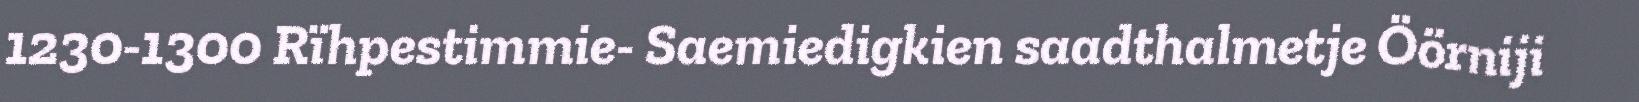
1230-1300 Rïhpestimmie- Saemiedigkien saadthalmetje Öörniji